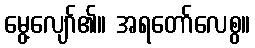
မွေ့လျော်၏။ အရတော်လေစွ။